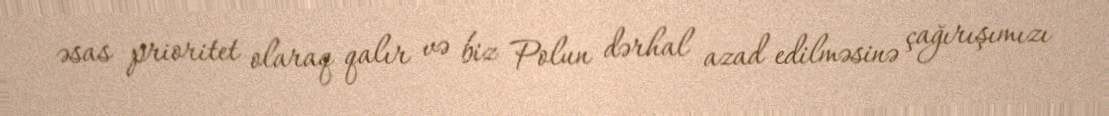
əsas prioritet olaraq qalır və biz Polun dərhal azad edilməsinə çağırışımızı